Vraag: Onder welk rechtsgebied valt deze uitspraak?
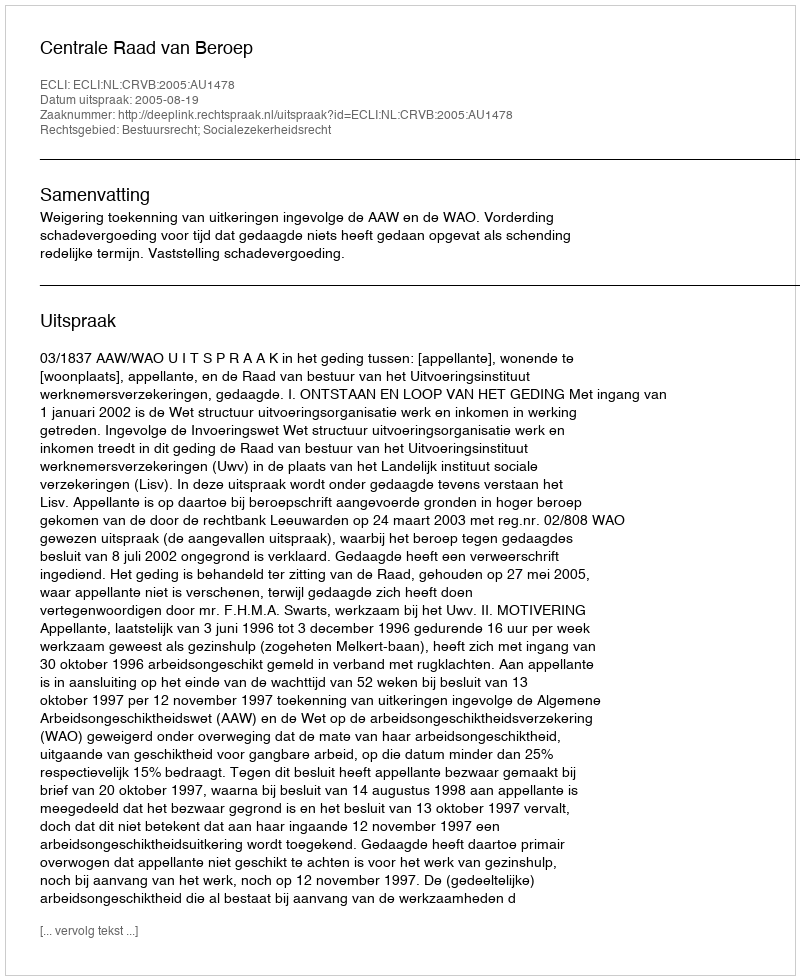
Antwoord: Bestuursrecht; Socialezekerheidsrecht